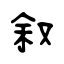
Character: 叙